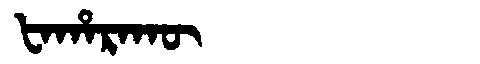
Manchu: ᡶᠠᡥᠠᡵᠠᡴᡡ
Romanization: FAHARAKŪ